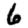
Digit: 6